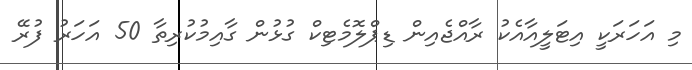
މި އަހަރަކީ އިޓަލީއާއެކު ރާއްޖެއިން ޑިޕްލޮމެޓިކް ގުޅުން ގާއިމުކުރިތާ 50 އަހަރު ފުރޭ